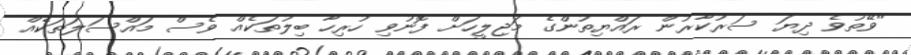
"ވޭތުވެ ދިޔަ ސަރުކާރުން ރައްޔިތުންގެ މަޖިލީހަށް ފޮނުވި ހުރިހާ ބިލުތަކެއް ވެސް މައްސަލަތަކެއް